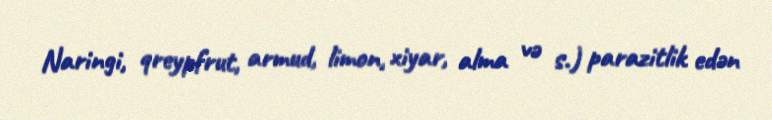
Naringi, qreypfrut, armud, limon, xiyar, alma və s.) parazitlik edən